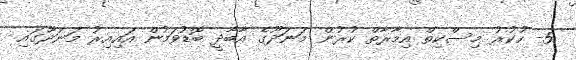
5- ހުކުރު މިސްކިތް އިމާރާތް ކުރުން މަނަދޫގެ އާބާދީ ބޮޑުވަމުން އައިއިރު މަނަދޫގައި